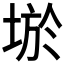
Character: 𡌧